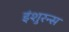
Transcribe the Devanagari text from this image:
इंशुरन्स